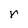
Character: r